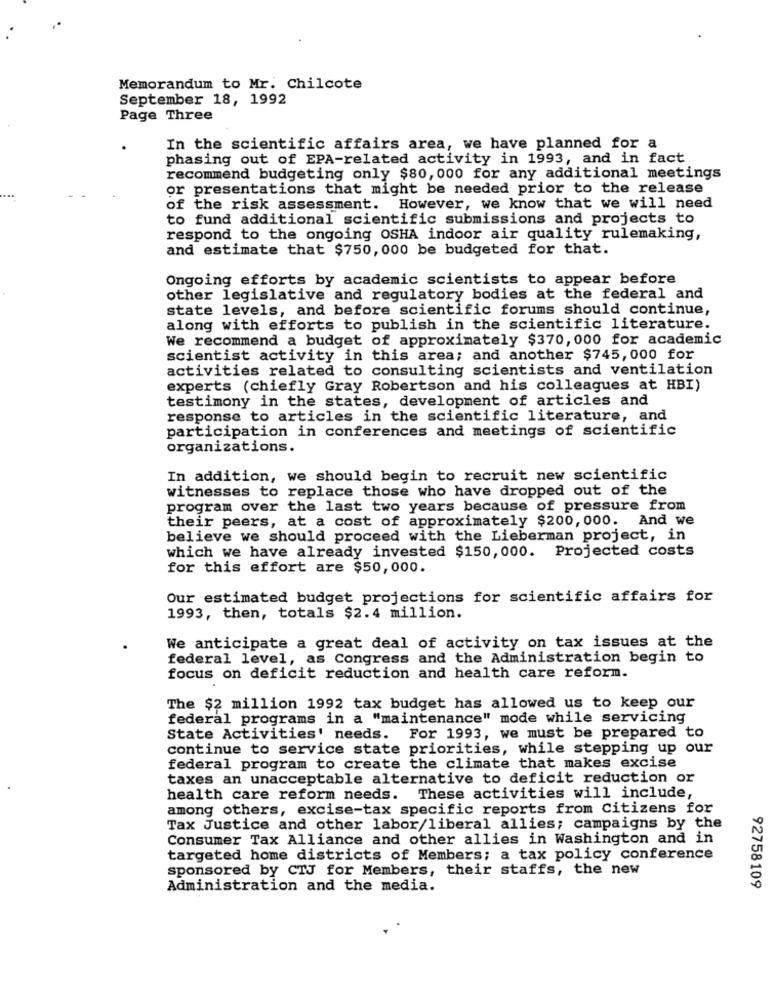
Memorandum to Mr. Chilcote
September 18, 1992
Page Three
In the scientific affairs area, we have planned for a
phasing out of EPA-related activity in 1993, and in fact
recommend budgeting only $80,000 for any additional meetings
or presentations that might be needed prior to the release
of the risk assessment. However, we know that we will need
to fund additional scientific submissions and projects to
respond to the ongoing OSHA indoor air quality rulemaking,
and estimate that $750, 000 be budgeted for that.
Ongoing efforts by academic scientists to appear before
other legislative and regulatory bodies at the federal and
state levels, and before scientific forums should continue,
along with efforts to publish in the scientific literature.
We recommend a budget of approximately $370, 000 for academic
scientist activity in this area; and another $745,000 for
activities related to consulting scientists and ventilation
experts (chiefly Gray Robertson and his colleagues at HBI)
testimony in the states, development of articles and
response to articles in the scientific literature, and
participation in conferences and meetings of scientific
organizations.
In addition, we should begin to recruit new scientific
witnesses to replace those who have dropped out of the
program over the last two years because of pressure from
their peers, at a cost of approximately $200, 000. And we
believe we should proceed with the Lieberman project, in
which we have already invested $150, 000. Projected costs
for this effort are $50,000.
Our estimated budget projections for scientific affairs for
1993, then, totals $2.4 million.
We anticipate a great deal of activity on tax issues at the
federal level, as Congress and the Administration begin to
focus on deficit reduction and health care reform.
The $2 million 1992 tax budget has allowed us to keep our
federal programs in a "maintenance" mode while servicing
State Activities' needs. For 1993, we must be prepared to
continue to service state priorities, while stepping up our
federal program to create the climate that makes excise
taxes an unacceptable alternative to deficit reduction or
health care reform needs. These activities will include,
among others, excise-tax specific reports from Citizens for
Tax Justice and other labor/liberal allies; campaigns by the
Consumer Tax Alliance and other allies in Washington and in
targeted home districts of Members; a tax policy conference
sponsored by CTJ for Members, their staffs, the new
92758109
Administration and the media.